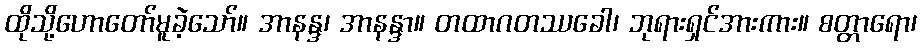
ထိုသို့ဟောတော်မူခဲ့သော်။ အာနန္ဒ၊ အာနန္ဒာ။ တထာဂတဿခေါ၊ ဘုရားရှင်အားကား။ စတ္တာရော၊